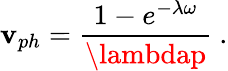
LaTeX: \mathbf{v}_{ph}=\frac{{1-e^{-\lambda\omega}}}{{\lambdap}}~.